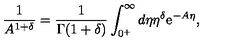
\frac { 1 } { A ^ { 1 + \delta } } = \frac { 1 } { \Gamma ( 1 + \delta ) } \int _ { 0 ^ { + } } ^ { \infty } d \eta \eta ^ { \delta } \mathrm { e } ^ { - A \eta } ,